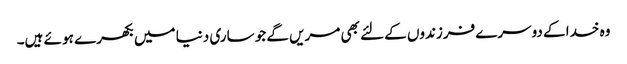
وہ خدا کے دوسرے فرزندوں کے لئے بھی مریں گے جو ساری دنیا میں بکھرے ہو ئے ہیں۔